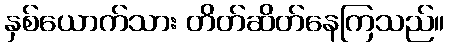
နှစ်ယောက်သား တိတ်ဆိတ်နေကြသည်။